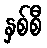
နှစ်စီ